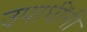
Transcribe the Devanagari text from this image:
उपाधींनी